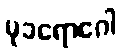
မုခရောဂေါ